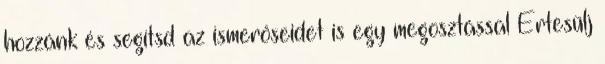
hozzánk és segítsd az ismerőseidet is egy megosztással Értesülj